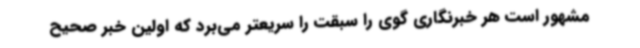
مشهور است هر خبرنگاری گوی را سبقت را سریعتر می‌برد که اولین خبر صحیح